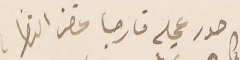
صدر عجلة فارجا غض النظر